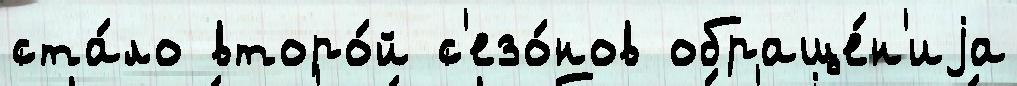
ста́ло второ́й с'езо́нов обраще́н'иjа